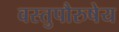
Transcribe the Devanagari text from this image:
वस्तुपौरुषेय